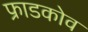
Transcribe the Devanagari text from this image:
फ्राडकोव